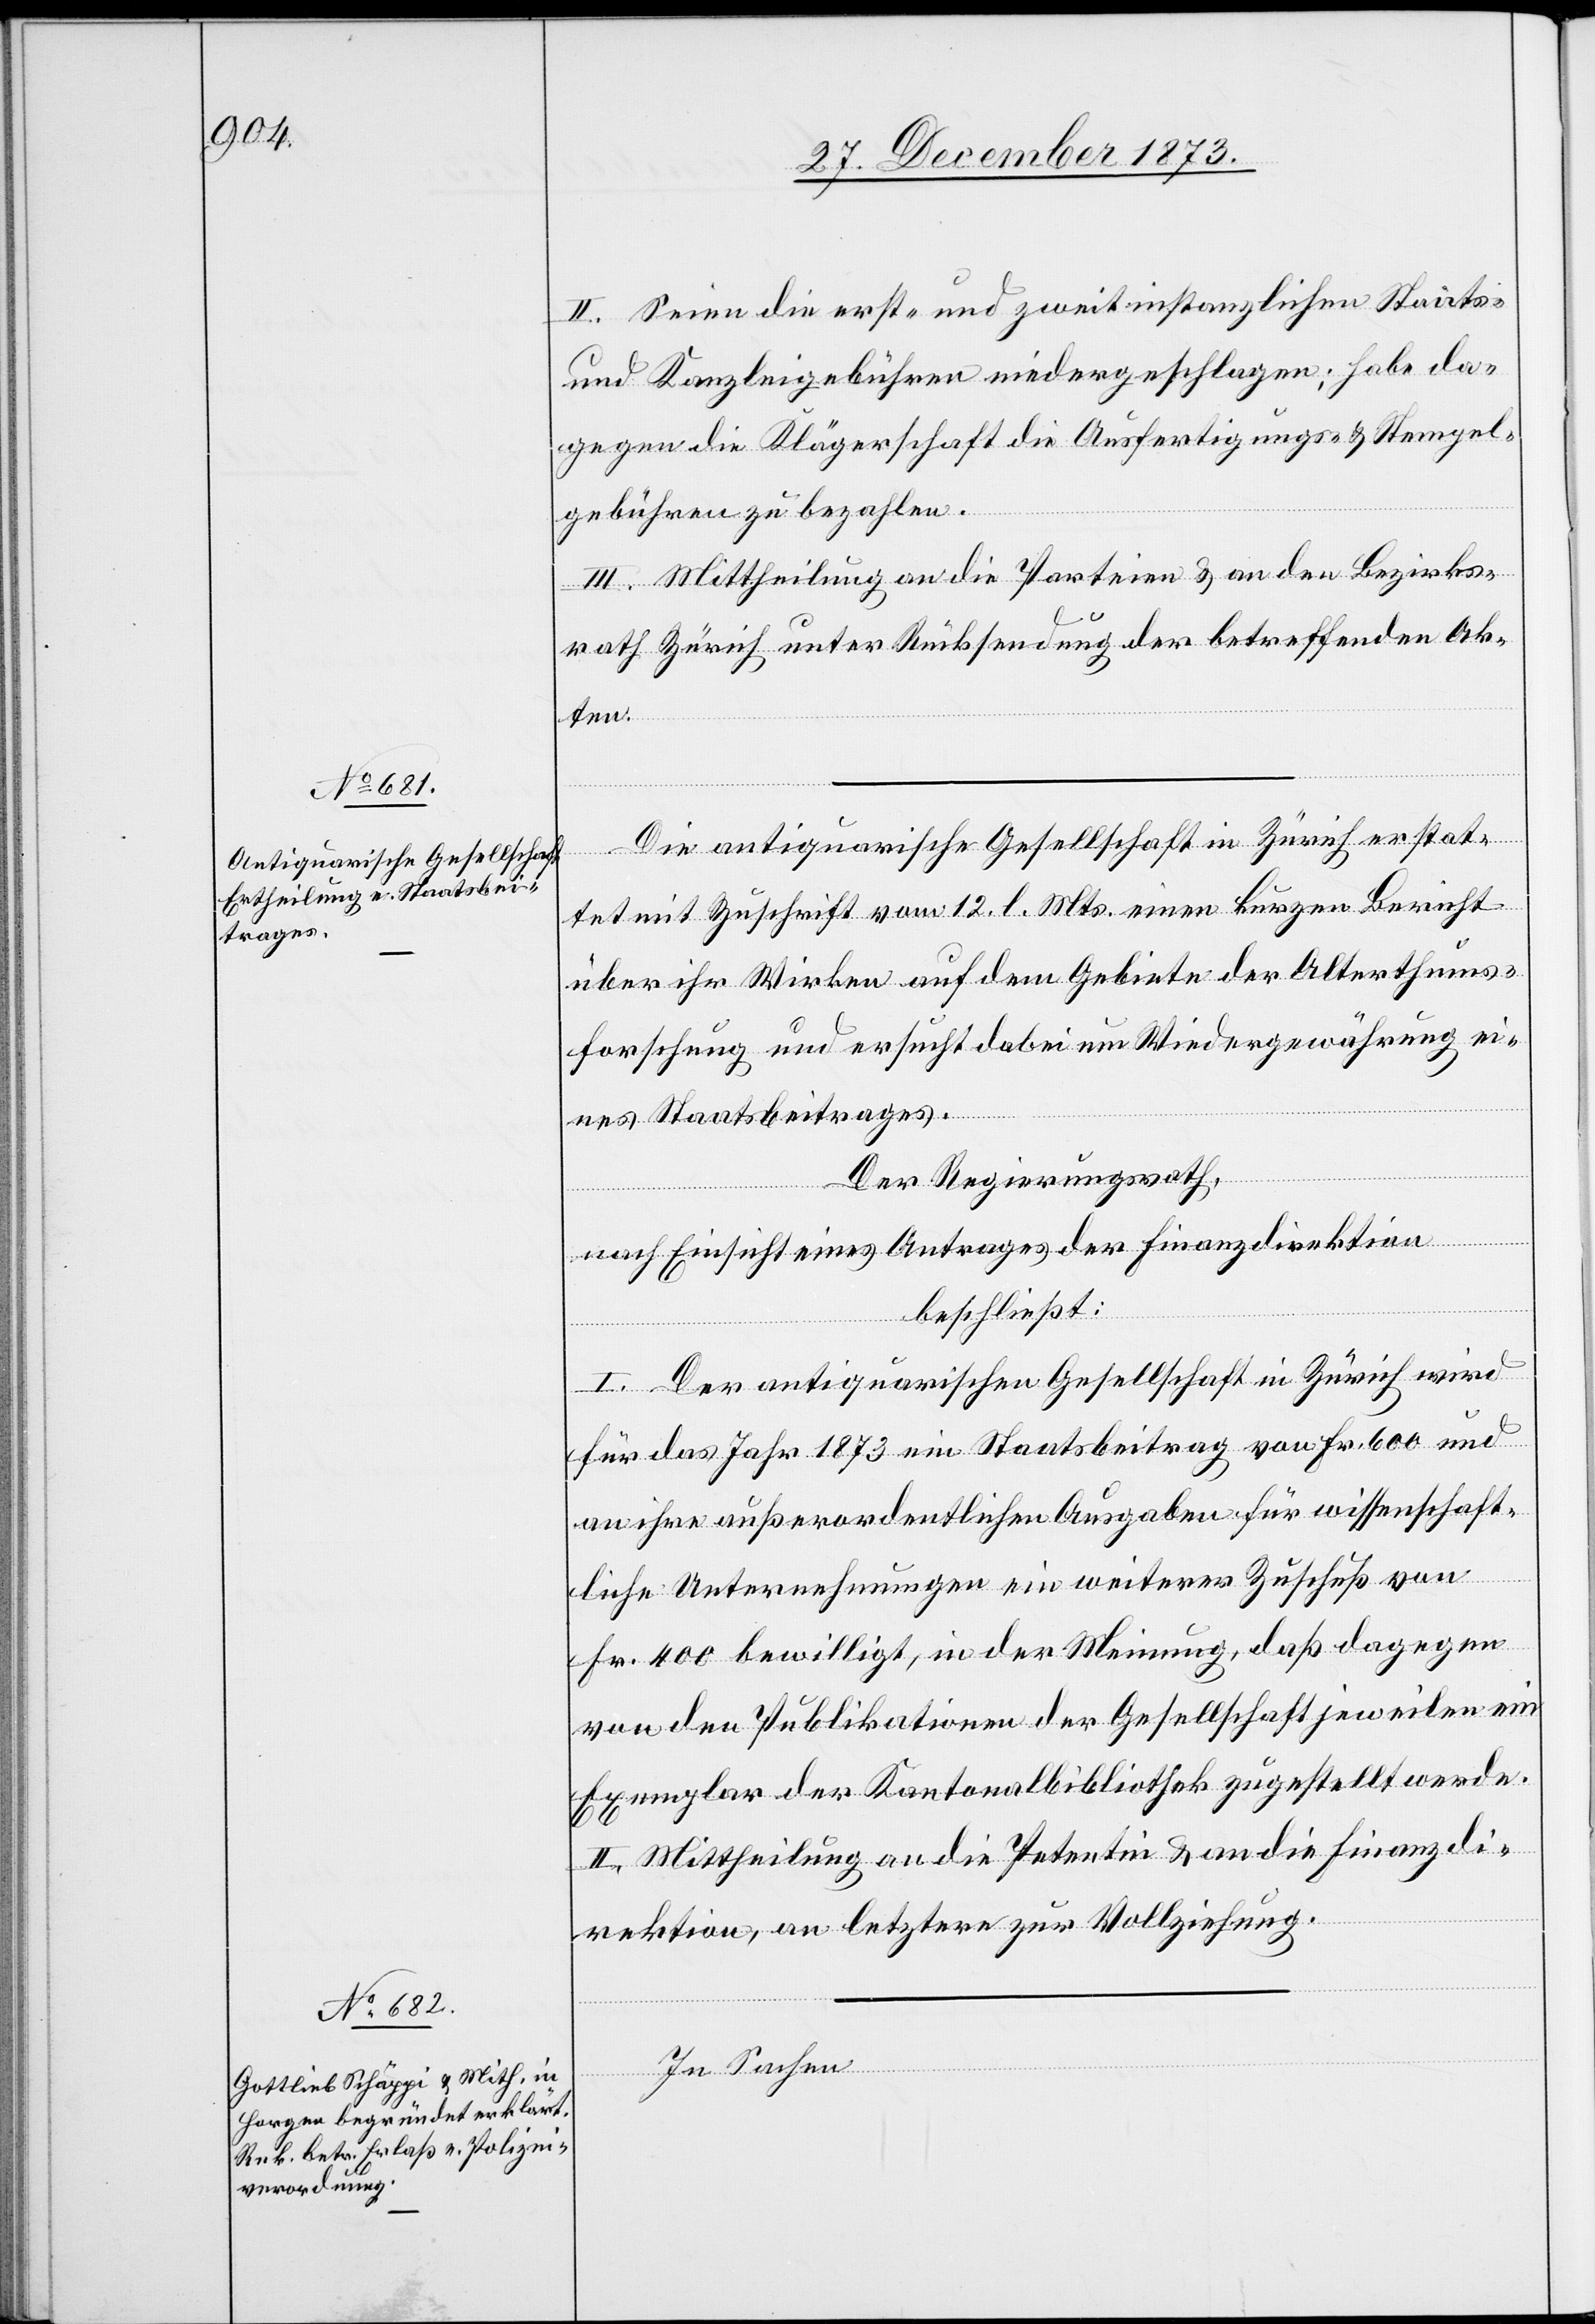
II. Seien die erst- und zweitinstanzlichen Staats-
und Kanzleigebühren niedergeschlagen; habe da¬
gegen die Klägerschaft die Ausfertigungs- & Stempel¬
gebühren zu bezahlen.
III. Mittheilung an die Parteien & an den Bezirks¬
rath Zürich unter Rücksendung der betreffenden Ak¬
ten.
Die antiquarische Gesellschaft in Zürich erstat¬
tet mit Zuschrift vom 12. l. Mts. einen kurzen Bericht
über ihr Wirken auf dem Gebiete der Alterthums¬
forschung und ersucht dabei um Wiedergewährung ei¬
nes Staatsbeitrages.
Der Regierungsrath,
nach Einsicht eines Antrages der Finanzdirektion
beschließt:
I. Der antiquarischen Gesellschaft in Zürich wird
für das Jahr 1873 ein Staatsbeitrag von Fr. 600 und
an ihre außerordentlichen Ausgaben für wissenschaft¬
liche Unternehmungen ein weiterer Zuschuß von
Fr. 400 bewilligt, in der Meinung, daß dagegen
von den Publikationen der Gesellschaft jeweilen ein
Exemplar der Kantonalbibliothek zugestellt werde.
II. Mittheilung an die Petentin & an die Finanzdi¬
rektion, an letztere zur Vollziehung.
In Sachen